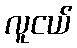
လူငယ်